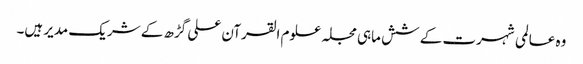
وہ عالمی شہرت کے شش ماہی مجلہ علوم القرآن علی گڑھ کے شریک مدیر ہیں۔